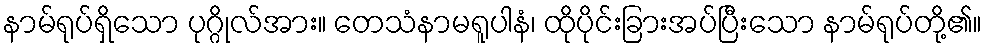
နာမ်ရုပ်ရှိသော ပုဂ္ဂိုလ်အား။ တေသံနာမရူပါနံ၊ ထိုပိုင်းခြားအပ်ပြီးသော နာမ်ရုပ်တို့၏။